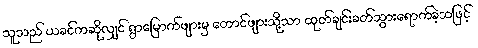
သူသည် ယခင်ကဆိုလျှင် ရွာမြောက်ဖျားမှ တောင်ဖျားသို့သာ ထုတ်ချင်းခတ်သွားရောက်ခဲ့သဖြင့်